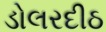
ડોલરદીઠ